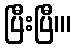
ပြီးပြီ။၊